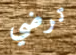
ترضي